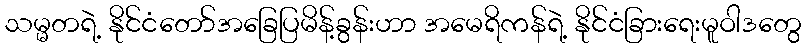
သမ္မတရဲ့ နိုင်ငံတော်အခြေပြမိန့်ခွန်းဟာ အမေရိကန်ရဲ့ နိုင်ငံခြားရေးမူဝါဒတွေ